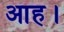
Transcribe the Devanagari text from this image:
आह।